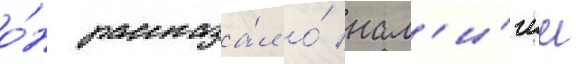
о́н рассказа́л о́ нал'и́чии